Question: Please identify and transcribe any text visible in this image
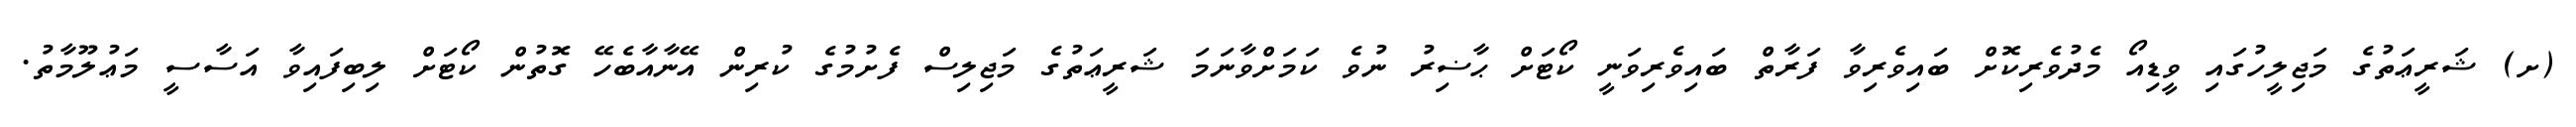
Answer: (ށ) ޝަރީޢަތުގެ މަޖިލީހުގައި ވީޑިއޯ މެދުވެރިކޮށް ބައިވެރިވާ ފަރާތް ބައިވެރިވަނީ ކޯޓަށް ޙާޟިރު ނުވެ ކަމަށްވާނަމަ ޝަރީޢަތުގެ މަޖިލިސް ފެށުމުގެ ކުރިން އޭނާއާބެހޭ ގޮތުން ކޯޓަށް ލިބިފައިވާ އަސާސީ މަޢުލޫމާތު.